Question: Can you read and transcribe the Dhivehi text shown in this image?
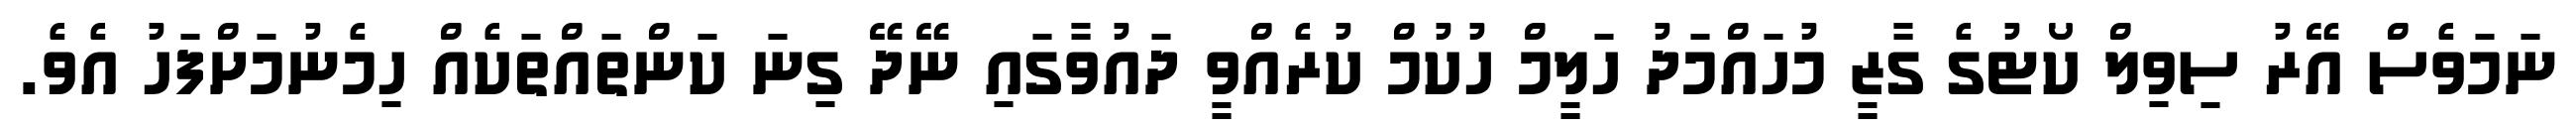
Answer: ނަމަވެސް އޭރު ސިވިލް ކޯޓުގެ ގާޒީ މުހައްމަދު ހަލީމް ހުކުމް ކުރެއްވީ ދައުވާގައި ނޭދޭ ގިނަ ކަންތައްތަކެއް ހިމެނުމަށްފަހު އެވެ.